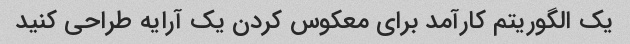
یک الگوریتم کارآمد برای معکوس کردن یک آرایه طراحی کنید